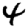
Digit: 4